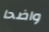
واضحا